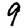
Digit: 9